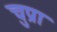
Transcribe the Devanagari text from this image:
चुप्रा